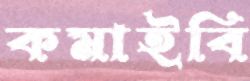
কমাইবি